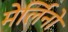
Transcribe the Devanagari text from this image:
मेर्लिनो